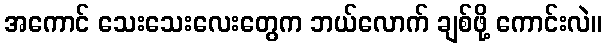
အကောင် သေးသေးလေးတွေက ဘယ်လောက် ချစ်ဖို့ ကောင်းလဲ။